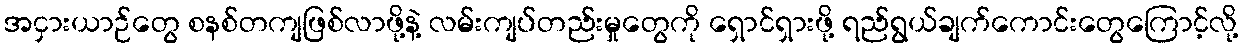
အငှားယာဉ်တွေ စနစ်တကျဖြစ်လာဖို့နဲ့ လမ်းကျပ်တည်းမှုတွေကို ရှောင်ရှားဖို့ ရည်ရွယ်ချက်ကောင်းတွေကြောင့်လို့